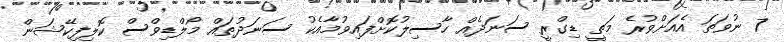
7 ނުވަތަ އެއަށްވުރެ މަތީ ޑިގްރީ ސަނަދެއް ހާސިލުކޮށްފައިވުމާއެކު ސަނަދުތައް މޯލްޑިވްސް ކޮލިފިކޭޝަން